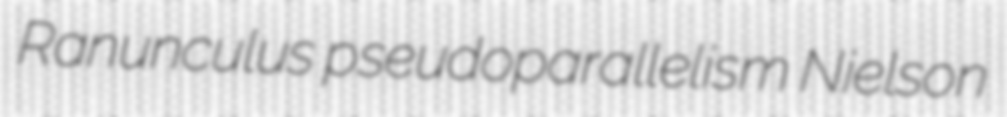
Ranunculus pseudoparallelism Nielson